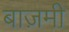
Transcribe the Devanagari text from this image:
बाज़मी